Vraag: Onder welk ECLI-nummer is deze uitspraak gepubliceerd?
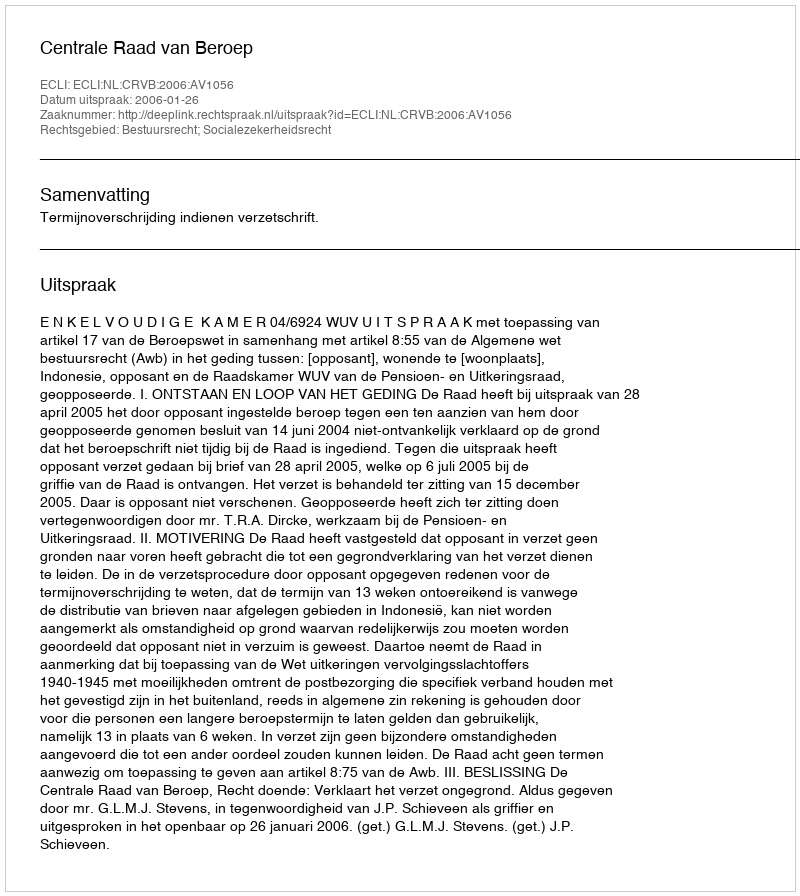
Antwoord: ECLI:NL:CRVB:2006:AV1056